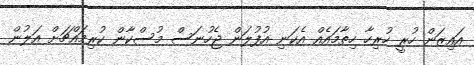
އައިޒަން ހުރީ ހުރިހާ ހިތާމައެއް އެކަނި އުފުލަން ޖެހުނަސް މުސްކާން ކުރިމައްޗަށް އަލުން